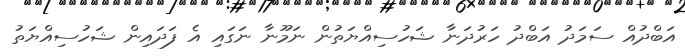
އަބްދުއް ސަމަދު އަބްދު ހަރުދަނާ ޝަހުސިއްޔަތުން ނަމޫނާ ނަގައި އެ ފަދައިން ޝަހުސިއްޔަތު